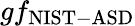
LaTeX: gf_{\mathrm{{NIST-ASD}}}